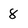
Character: 8